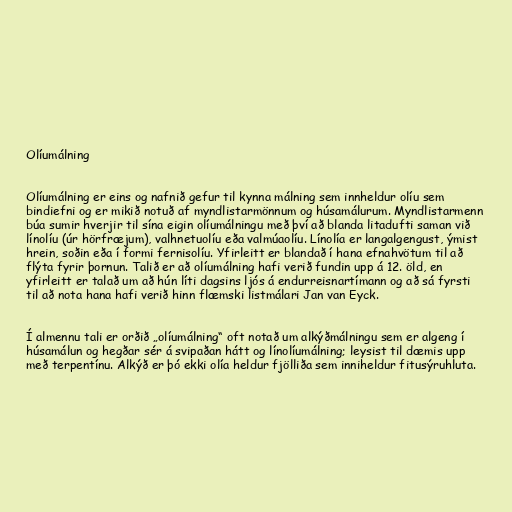
Olíumálning

Olíumálning er eins og nafnið gefur til kynna málning sem innheldur olíu sem
bindiefni og er mikið notuð af myndlistarmönnum og húsamálurum. Myndlistarmenn
búa sumir hverjir til sína eigin olíumálningu með því að blanda litadufti saman við
línolíu (úr hörfræjum), valhnetuolíu eða valmúaolíu. Línolía er langalgengust, ýmist
hrein, soðin eða í formi fernisolíu. Yfirleitt er blandað í hana efnahvötum til að
flýta fyrir þornun. Talið er að olíumálning hafi verið fundin upp á 12. öld, en
yfirleitt er talað um að hún líti dagsins ljós á endurreisnartímann og að sá fyrsti
til að nota hana hafi verið hinn flæmski listmálari Jan van Eyck.

Í almennu tali er orðið „olíumálning“ oft notað um alkýðmálningu sem er algeng í
húsamálun og hegðar sér á svipaðan hátt og línolíumálning; leysist til dæmis upp
með terpentínu. Alkýð er þó ekki olía heldur fjölliða sem inniheldur fitusýruhluta.